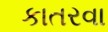
કાતરવા